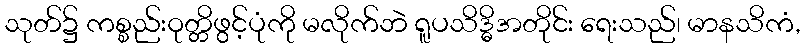
သုတ်၌ ကစ္စည်းဝုတ္တိဖွင့်ပုံကို မလိုက်ဘဲ ရူပသိဒ္ဓိအတိုင်း ရေးသည်၊ မာနသိကံ,